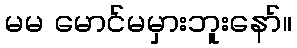
မမ မောင်မမှားဘူးနော်။